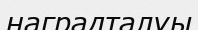
наградталуы